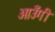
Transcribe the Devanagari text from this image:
आउँगी